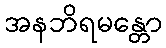
အနဘိရမန္တော